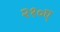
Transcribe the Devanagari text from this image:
२१०ए